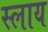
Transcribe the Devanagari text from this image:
स्लाय